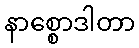
နာစ္စောဒါတာ